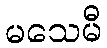
မသေမီ